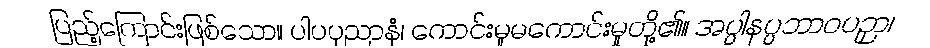
ပြည့်ကြောင်းဖြစ်သော။ ပါပပုညာနံ၊ ကောင်းမှုမကောင်းမှုတို့၏။ အပ္ပါနပ္ပဘာဝပဉှာ၊